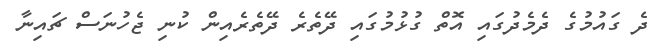
ދެ ގައުމުގެ ދެމެދުގައި އޮތް ގުޅުމުގައި ދޭތެރެ ދޭތެރެއިން ކުނި ޖެހުނަސް ޗައިނާ